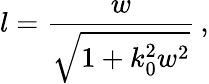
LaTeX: l=\frac{w}{\sqrt{1+k_{0}^{2}w^{2}}}\, ,